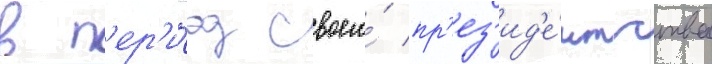
в п'ер'и́од своего́ пр'ез'ид'е́нтства